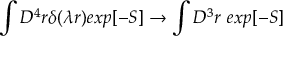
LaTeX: \int D ^ { 4 } r \delta ( \lambda r ) e x p [ - S ] \rightarrow \int D ^ { 3 } r ~ e x p [ - S ]